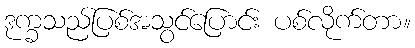
ဒုက္ခသည်ပြစ်အသွင်ပြောင်း ပစ်လိုက်တာ။